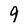
Character: 9